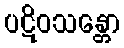
ပဋိဝသန္တော